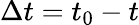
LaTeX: \Delta t=t_{0}-t